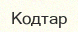
Кодтар